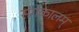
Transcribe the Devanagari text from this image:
संगकालम्